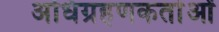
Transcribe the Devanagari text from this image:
अधिग्रहणकर्ताओं